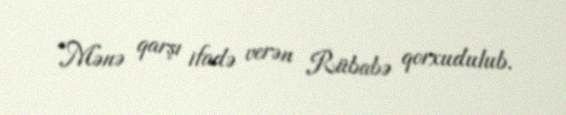
“Mənə qarşı ifadə verən Rübabə qorxudulub.